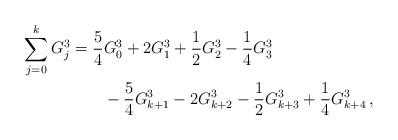
LaTeX: \begin{align*}\sum_{j = 0}^k {G_j^3 } &= \frac{5}{4}G_0^3 + 2G_1^3 + \frac{1}{2}G_2^3 - \frac{1}{4}G_3^3\\&\qquad- \frac{5}{4}G_{k + 1}^3 - 2G_{k + 2}^3 - \frac{1}{2}G_{k + 3}^3 + \frac{1}{4}G_{k + 4}^3\,,\end{align*}